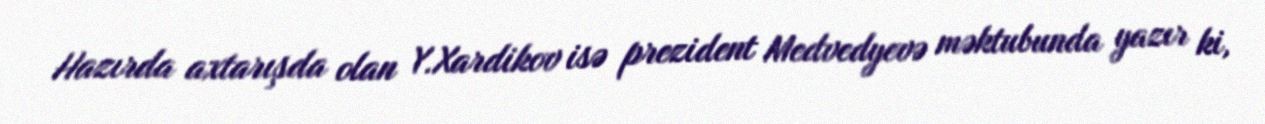
Hazırda axtarışda olan Y.Xardikov isə prezident Medvedyevə məktubunda yazır ki,